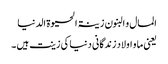
المال و البنون زینۃ الحیوۃ الدنیا
یعنی ما و اولاد زندگانی دنیا کی زینت ہیں ۔